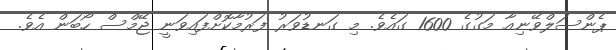
ޕެންސަލްވޭނިއާ މަގުގެ 1600 ގައެވެ. މި ގަނޑުވަރު ފަރުމާކޮށްފައިވަނީ ޖޭމްސް ހޯބަން އެވެ.